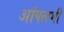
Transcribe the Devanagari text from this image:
ओपलभी